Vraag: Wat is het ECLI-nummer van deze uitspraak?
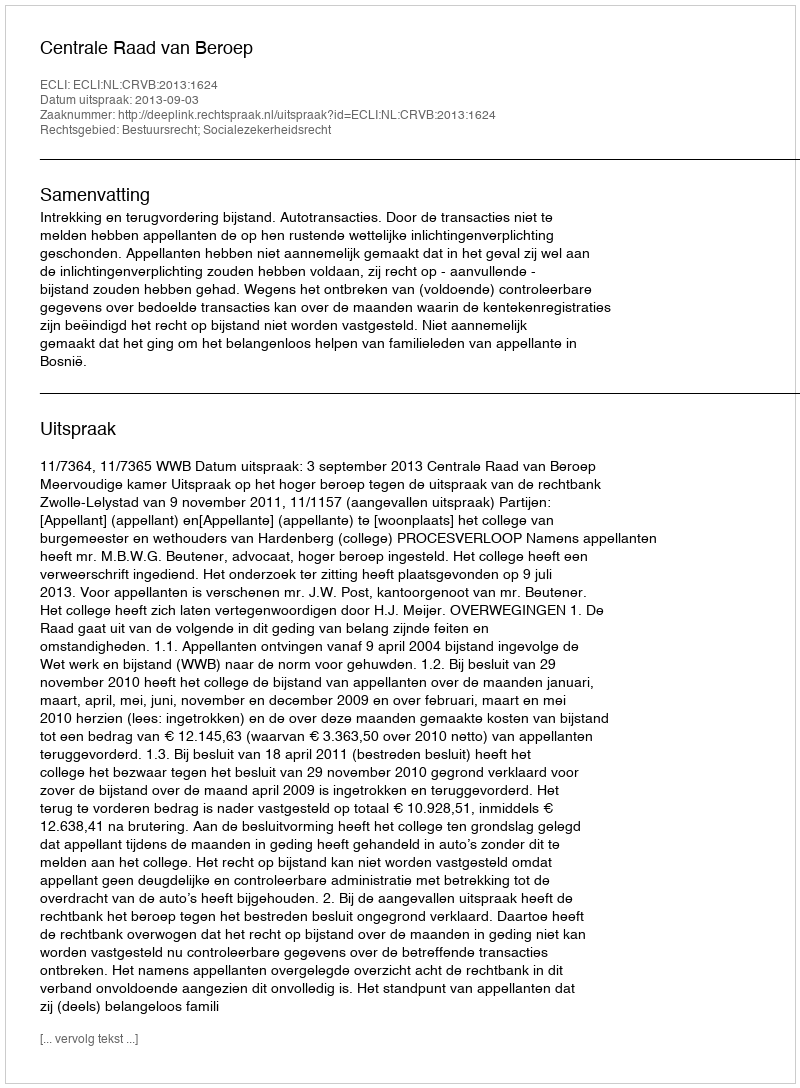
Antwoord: ECLI:NL:CRVB:2013:1624